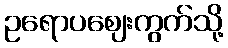
ဥရောပဈေးကွက်သို့